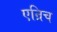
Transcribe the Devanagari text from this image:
एन्रिच